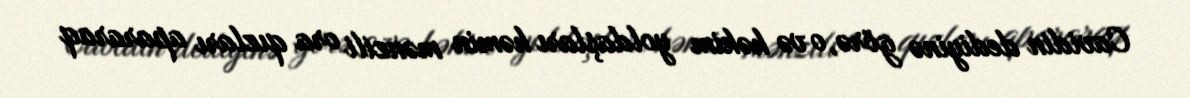
Cavidin dediyinə görə, o və həkim yoldaşları həmin mənzili ora qızları apararaq